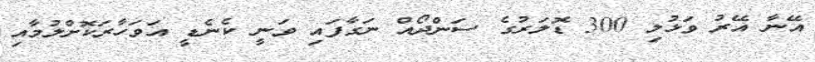
އޭނާ އޭރު ވަޅުލި 300 ޑޮލަރުގެ ސަންދޯއް ނަގާފައި ވަނީ ކެނެޑީ އަވަހާރަކޮށްލުމާއި